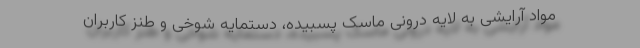
مواد آرایشی به لایه درونی ماسک پسبیده، دستمایه شوخی و طنز کاربران